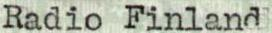
Radio Finland